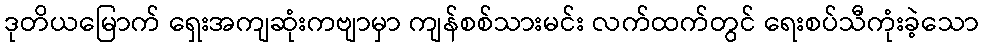
ဒုတိယမြောက် ရှေးအကျဆုံးကဗျာမှာ ကျန်စစ်သားမင်း လက်ထက်တွင် ရေးစပ်သီကုံးခဲ့သော